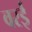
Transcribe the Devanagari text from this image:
वरई